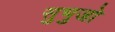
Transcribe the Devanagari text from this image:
सुभुजो